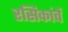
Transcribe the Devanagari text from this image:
रसिकांचें